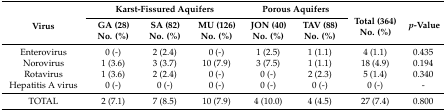
<table><thead><tr><td rowspan="2"><b>Virus</b></td><td colspan="3"><b>Karst-Fissured Aquifers</b></td><td colspan="2"><b>Porous Aquifers</b></td><td rowspan="2"><b>Total (364) No. (%)</b></td><td rowspan="2"><b><i>p</i>-Value</b></td></tr><tr><td><b>GA (28) No. (%)</b></td><td><b>SA (82) No. (%)</b></td><td><b>MU (126) No. (%)</b></td><td><b>JON (40) No. (%)</b></td><td><b>TAV (88) No. (%)</b></td></tr></thead><tbody><tr><td>Enterovirus</td><td>0 (-)</td><td>2 (2.4)</td><td>0 (-)</td><td>1 (2.5)</td><td>1 (1.1)</td><td>4 (1.1)</td><td>0.435</td></tr><tr><td>Norovirus</td><td>1 (3.6)</td><td>3 (3.7)</td><td>10 (7.9)</td><td>3 (7.5)</td><td>1 (1.1)</td><td>18 (4.9)</td><td>0.194</td></tr><tr><td>Rotavirus</td><td>1 (3.6)</td><td>2 (2.4)</td><td>0 (-)</td><td>0 (-)</td><td>2 (2.3)</td><td>5 (1.4)</td><td>0.340</td></tr><tr><td>Hepatitis A virus</td><td>0 (-)</td><td>0 (-)</td><td>0 (-)</td><td>0 (-)</td><td>0 (-)</td><td>0 (-)</td><td>-</td></tr><tr><td>TOTAL</td><td>2 (7.1)</td><td>7 (8.5)</td><td>10 (7.9)</td><td>4 (10.0)</td><td>4 (4.5)</td><td>27 (7.4)</td><td>0.800</td></tr></tbody></table>